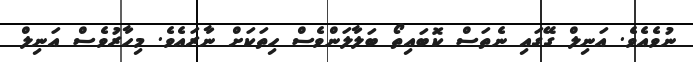
ނުވެއެވެ. އަނިލް ގޭގައި ނެތަސް ކޮބައިތޯ ބަލާލަންވެސް ހިތަކަށް ނާރައެވެ. މިހާރުވެސް އަނިލް